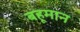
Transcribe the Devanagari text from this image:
बहूमान